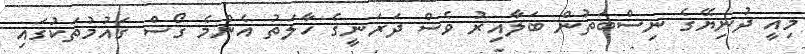
މިއީ ދުނިޔޭގެ ނިސްބަތުން ބަލާއިރު ވެސް ދަރަނީގެ ހާލަތު އެންމެ ގޯސް ގައުމުތަކުގައި